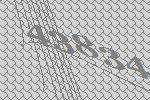
43834